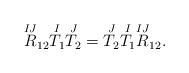
LaTeX: \begin{align*}\overset{IJ}{R}_{12} \overset{I}{T_1} \overset{J}{T_2} = \overset{J}{T_2} \overset{I}{T_1} \overset{IJ}{R}_{12}.\end{align*}